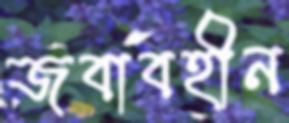
জবাবহীন